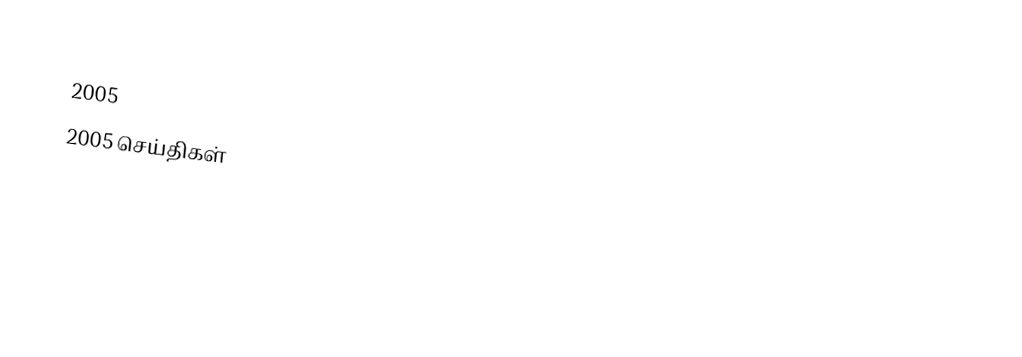

2005
2005 செய்திகள்